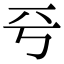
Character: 𠀒